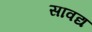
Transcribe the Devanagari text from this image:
सावद्य